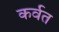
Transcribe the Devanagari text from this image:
कर्वत